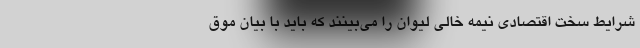
شرایط سخت اقتصادی نیمه خالی لیوان را می‌بینند که باید با بیان موق